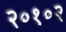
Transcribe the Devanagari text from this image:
२०१०२